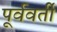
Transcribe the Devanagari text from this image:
पूर्ववर्तीं